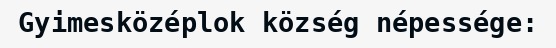
Gyimesközéplok község népessége: